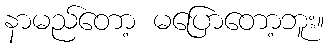
နာမည်တော့ မပြောတော့ဘူး။